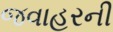
જવાહરની